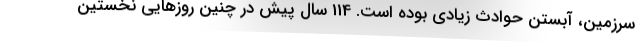
سرزمین، آبستن حوادث زیادی بوده است. 114 سال پیش در چنین روزهایی نخستین